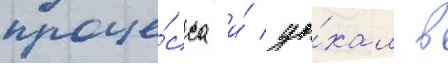
проце́сса и́ уе́хал в